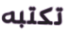
تكتبه